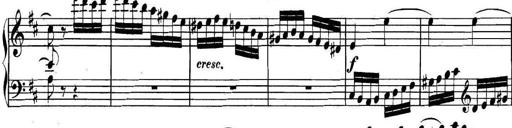
Title: Collected Piano Sonatas
Composer: Muzio Clementi